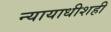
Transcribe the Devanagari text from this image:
न्यायाधीशही